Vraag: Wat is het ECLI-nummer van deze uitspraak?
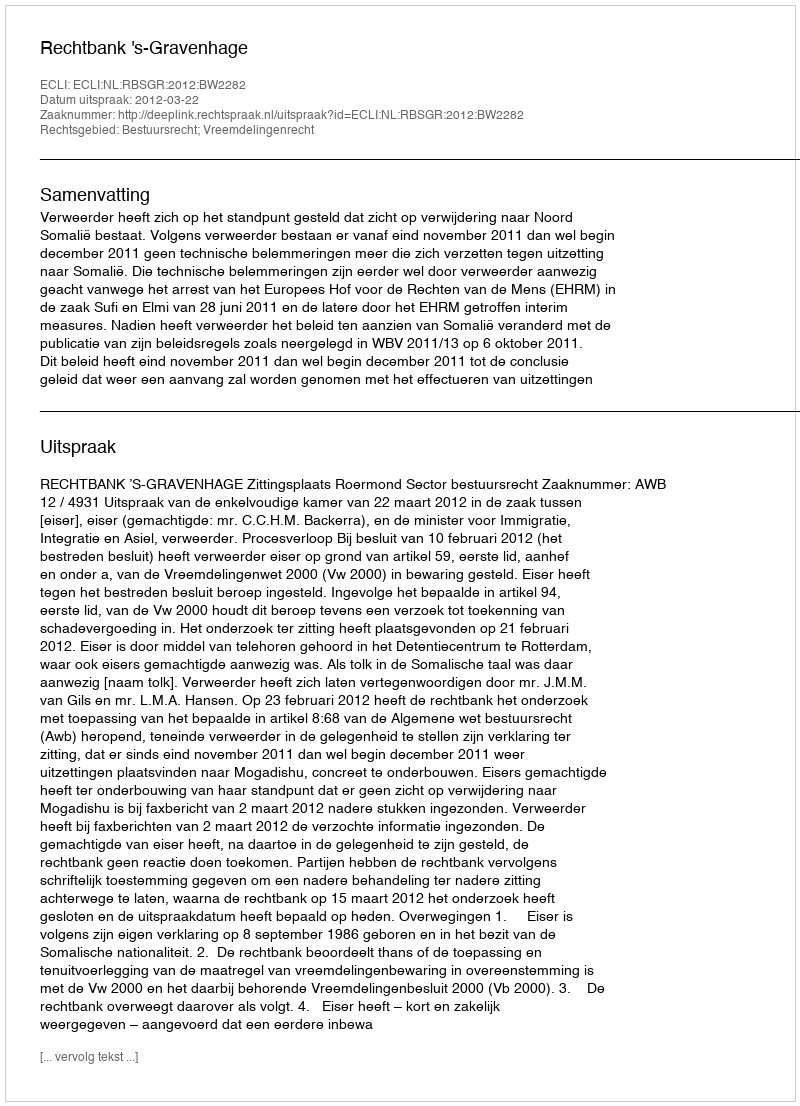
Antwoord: ECLI:NL:RBSGR:2012:BW2282